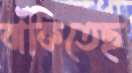
বাঁকিতেছ